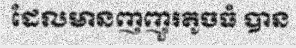
ដែលមានញញួរតូចធំ បាន